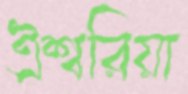
ঐশ্বরিয়া